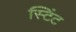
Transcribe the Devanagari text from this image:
स्टिंट